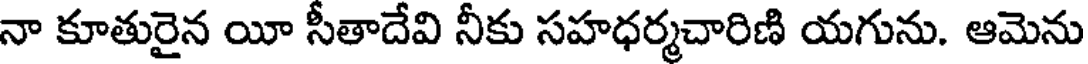
నా కూతురైన యీ సీతాదేవి నీకు సహధర్మచారిణి యగును. ఆమెను